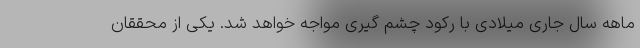
ماهه سال جاری میلادی با رکود چشم گیری مواجه خواهد شد. یکی از محققان